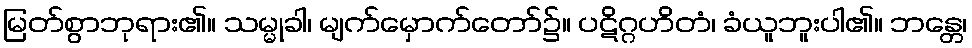
မြတ်စွာဘုရား၏။ သမ္မုခါ၊ မျက်မှောက်တော်၌။ ပဋိဂ္ဂဟိတံ၊ ခံယူဘူးပါ၏။ ဘန္တေ၊